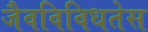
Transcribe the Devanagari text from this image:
जैवविविधतेस